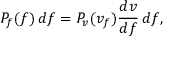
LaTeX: P _ { f } ( f ) \, d f = P _ { v } ( v _ { f } ) { \frac { d v } { d f } } \, d f ,